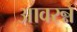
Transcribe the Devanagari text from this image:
आवरन्न